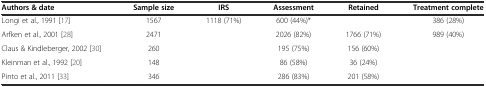
<table><thead><tr><td><b>Authors &amp; date</b></td><td><b>Sample size</b></td><td><b>IRS</b></td><td><b>Assessment</b></td><td><b>Retained</b></td><td><b>Treatment complete</b></td></tr></thead><tbody><tr><td>Longi et al., 1991[17]</td><td>1567</td><td>1118 (71%)</td><td>600 (44%)*</td><td></td><td>386 (28%)</td></tr><tr><td>Arfken et al., 2001[28]</td><td>2471</td><td></td><td>2026 (82%)</td><td>1766 (71%)</td><td>989 (40%)</td></tr><tr><td>Claus &amp; Kindleberger, 2002[30]</td><td>260</td><td></td><td>195 (75%)</td><td>156 (60%)</td><td></td></tr><tr><td>Kleinman et al., 1992[20]</td><td>148</td><td></td><td>86 (58%)</td><td>36 (24%)</td><td></td></tr><tr><td>Pinto et al., 2011[33]</td><td>346</td><td></td><td>286 (83%)</td><td>201 (58%)</td><td></td></tr></tbody></table>